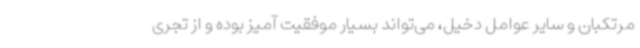
مرتکبان و سایر عوامل دخیل، می‌تواند بسیار موفقیت آمیز بوده و از تجری